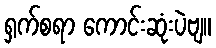
ရှက်စရာ ကောင်းဆုံးပဲဗျ။